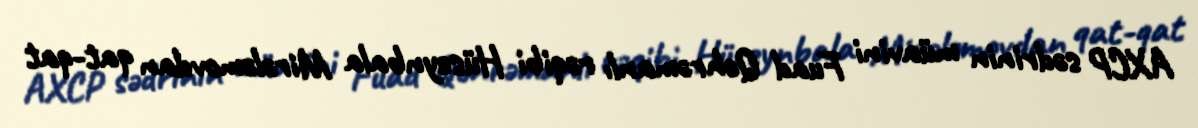
AXCP sədrinin müavini Fuad Qəhrəmanlı rəqibi Hüseynbala Mirələmovdan qat-qat